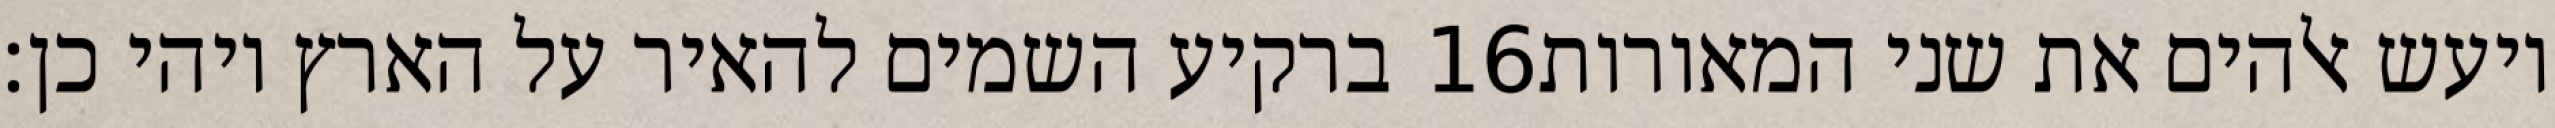
ברקיע השמים להאיר על הארץ ויהי כן׃ ‎16‏ ויעש אלהים את שני המאורות